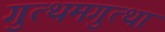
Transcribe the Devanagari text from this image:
गुत्थमगुत्था